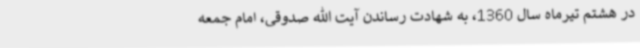
در هشتم تیرماه سال 1360، به شهادت رساندن آیت الله صدوقی، امام جمعه